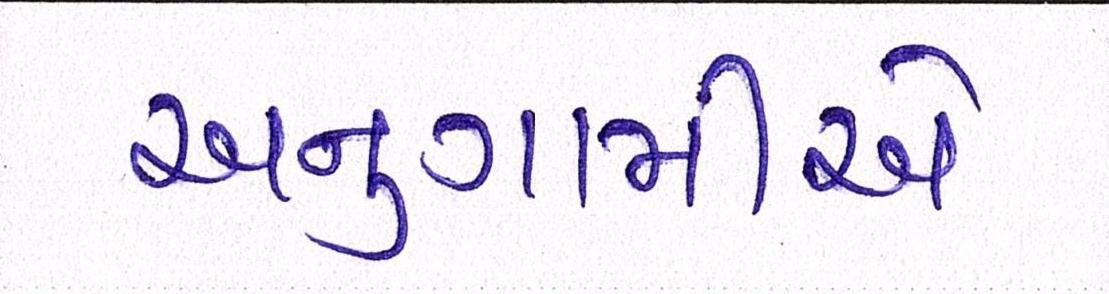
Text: અનુગામીએ